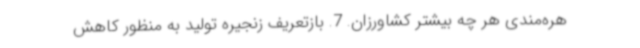
هره‌مندی هر چه بیشتر کشاورزان. 7. بازتعریف زنجیره تولید به منظور کاهش